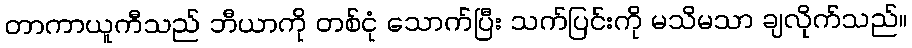
တာကာယူကီသည် ဘီယာကို တစ်ငုံ သောက်ပြီး သက်ပြင်းကို မသိမသာ ချလိုက်သည်။